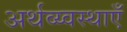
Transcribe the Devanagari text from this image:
अर्थव्य्वस्थाएँ